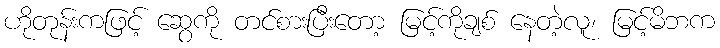
ဟိုတုန်းကဖြင့် ဆွေကို တင်စားပြီးတော့ မြင့်ကိုချစ် နေတဲ့လူ၊ မြင့်မိဘက